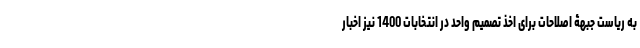
به ریاست جبهۀ اصلاحات برای اخذ تصمیم واحد در انتخابات 1400 نیز اخبار